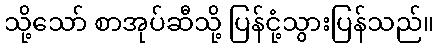
သို့သော် စာအုပ်ဆီသို့ ပြန်ငုံ့သွားပြန်သည်။